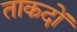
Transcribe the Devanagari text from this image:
ताकदों